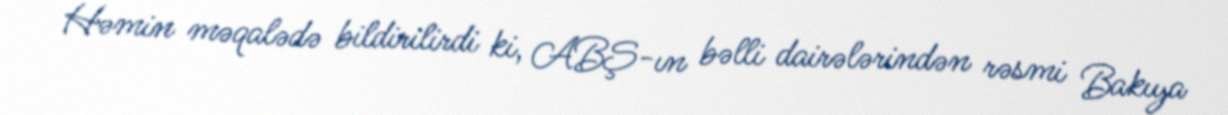
Həmin məqalədə bildirilirdi ki, ABŞ-ın bəlli dairələrindən rəsmi Bakıya